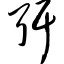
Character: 弭